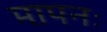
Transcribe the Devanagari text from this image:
मापनः